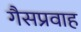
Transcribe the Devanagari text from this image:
गैसप्रवाह